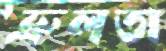
ভ্রুলতা